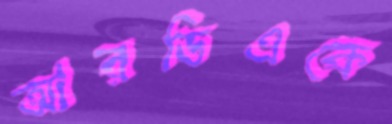
আরডিএকে